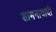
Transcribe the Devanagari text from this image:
शामनावादी